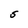
Character: S